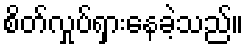
စိတ်လှုပ်ရှားနေခဲ့သည်။